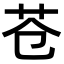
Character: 苍